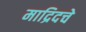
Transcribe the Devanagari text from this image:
माद्रिदचे